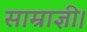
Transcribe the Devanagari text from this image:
साम्राज्ञी।